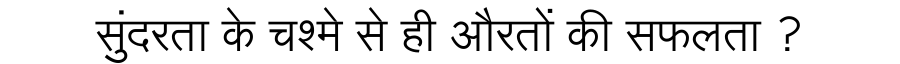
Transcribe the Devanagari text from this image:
सुंदरता के चश्मे से ही औरतों की सफलता ?